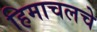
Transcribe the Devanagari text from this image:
हिमाचलचे